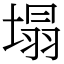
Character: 塌